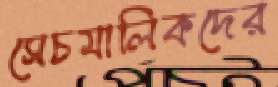
সেচমালিকদের